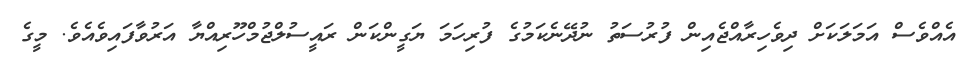
އެއްވެސް އަމަލަކަށް ދިވެހިރާއްޖެއިން ފުރުސަތު ނުދޭނެކަމުގެ ފުރިހަމަ ޔަގީންކަން ރައީސުލްޖުމްހޫރިއްޔާ އަރުވާފައިވެއެވެ. މީގެ